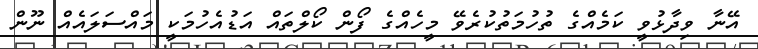
އޭނާ ވިދާޅުވީ ކަމެއްގެ ތުހުމަތުކުރެވޭ މީހެއްގެ ފޯން ކޯލްތައް އަޑުއެހުމަކީ މައްސަލައެއް ނޫން